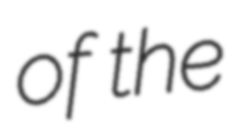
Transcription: of the